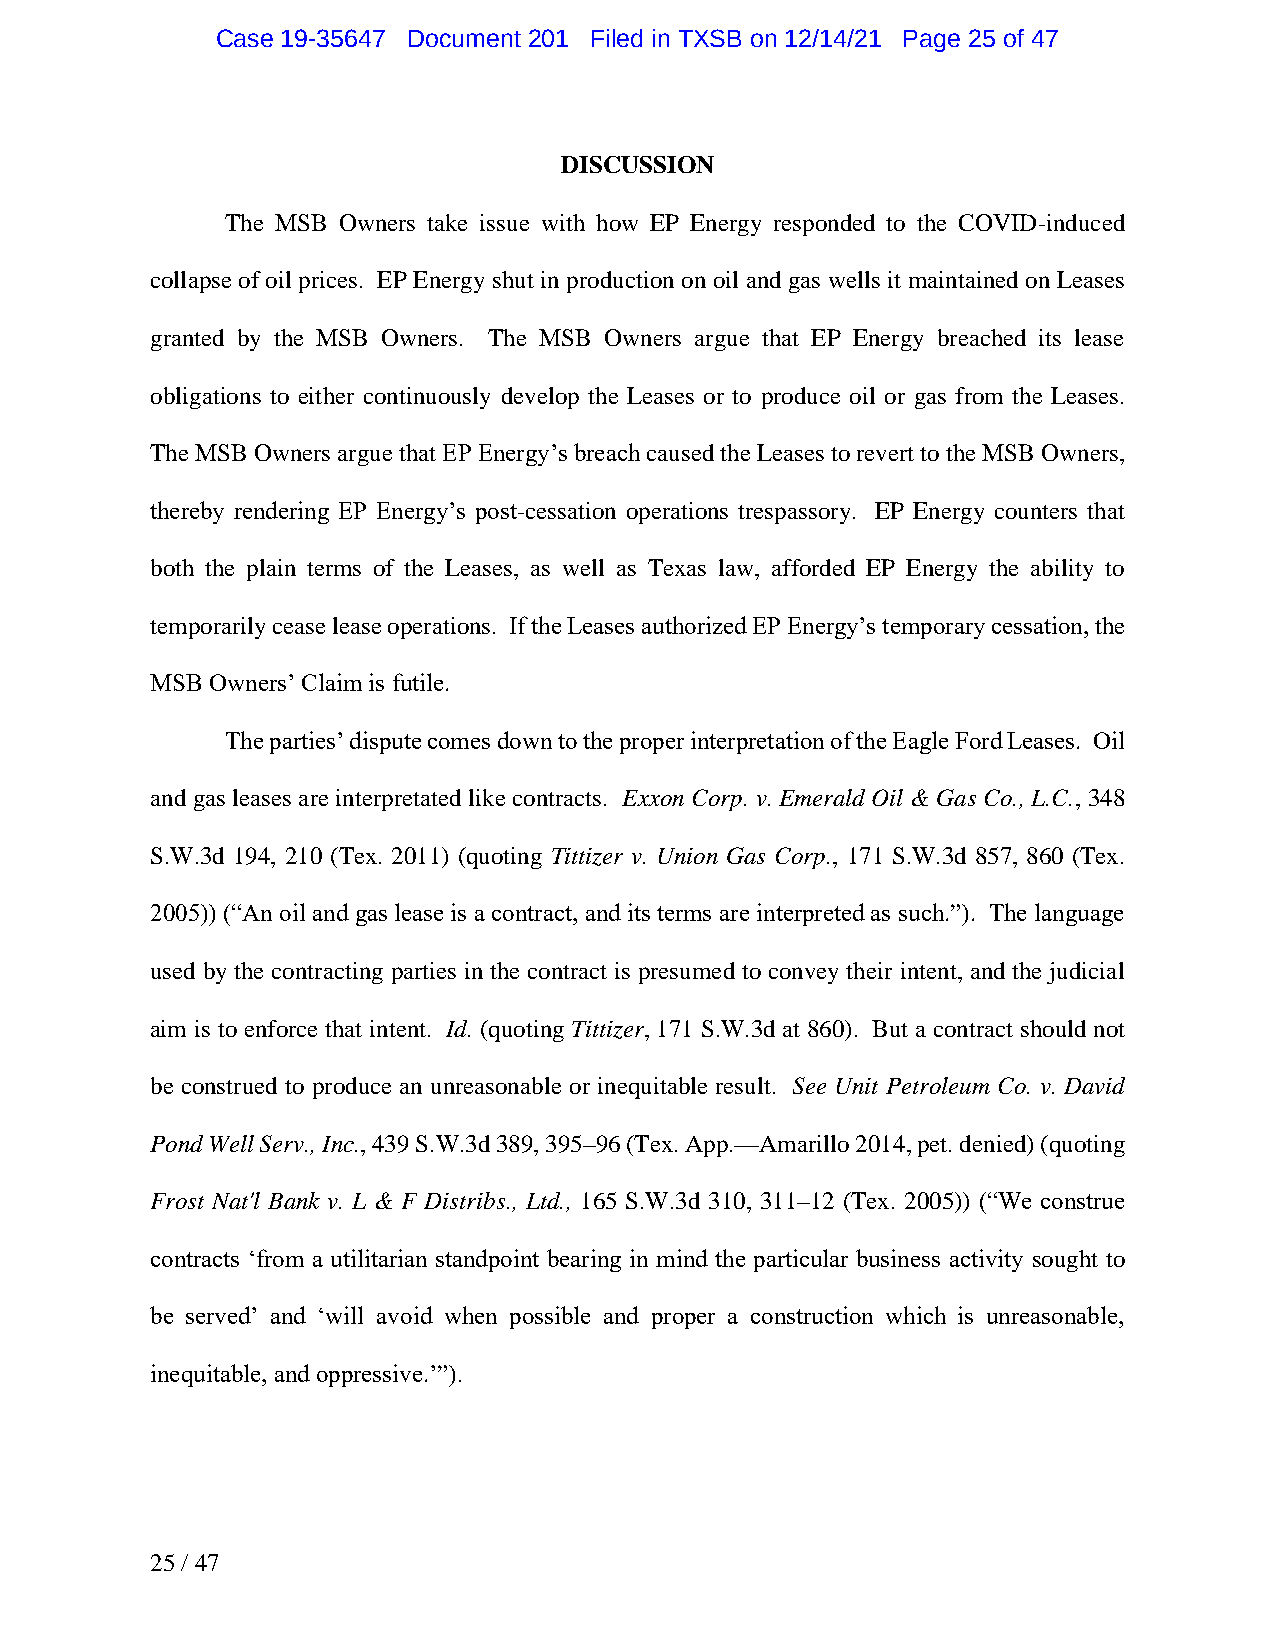
Case 19-35647 Document 201 Filed in TXSB on 12/14/21 Page 25 of 47
 DISCUSSION
 The MSB Owners take issue with how EP Energy responded to the COVID-induced
 collapse of oil prices. EP Energy shut in production on oil and gas wells it maintained on Leases
 granted by the MSB Owners. The MSB Owners argue that EP Energy breached its lease
 obligations to either continuously develop the Leases or to produce oil or gas from the Leases.
 The MSB Owners argue that EP Energy’s breach caused the Leases to revert to the MSB Owners,
 thereby rendering EP Energy’s post-cessation operations trespassory. EP Energy counters that
 both the plain terms of the Leases, as well as Texas law, afforded EP Energy the ability to
 temporarily cease lease operations. If the Leases authorized EP Energy’s temporary cessation, the
 MSB Owners’ Claim is futile.
 The parties’ dispute comes down to the proper interpretation of the Eagle Ford Leases. Oil
 and gas leases are interpretated like contracts. Exxon Corp. v. Emerald Oil & Gas Co., L.C., 348
 S.W.3d 194, 210 (Tex. 2011) (quoting Tittizer v. Union Gas Corp., 171 S.W.3d 857, 860 (Tex.
 2005)) (“An oil and gas lease is a contract, and its terms are interpreted as such.”). The language
 used by the contracting parties in the contract is presumed to convey their intent, and the judicial
 aim is to enforce that intent. Id. (quoting Tittizer, 171 S.W.3d at 860). But a contract should not
 be construed to produce an unreasonable or inequitable result. See Unit Petroleum Co. v. David
 Pond Well Serv., Inc., 439 S.W.3d 389, 395–96 (Tex. App.—Amarillo 2014, pet. denied) (quoting
 Frost Nat'l Bank v. L & F Distribs., Ltd., 165 S.W.3d 310, 311–12 (Tex. 2005)) (“We construe
 contracts ‘from a utilitarian standpoint bearing in mind the particular business activity sought to
 be served’ and ‘will avoid when possible and proper a construction which is unreasonable,
 inequitable, and oppressive.’”).
 25 / 47